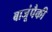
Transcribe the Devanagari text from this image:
बाजूंपैकी